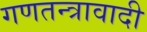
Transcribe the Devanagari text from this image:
गणतन्त्रावादी